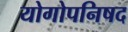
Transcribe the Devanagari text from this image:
योगोपनिषद